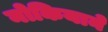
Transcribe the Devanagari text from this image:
नोकियाने